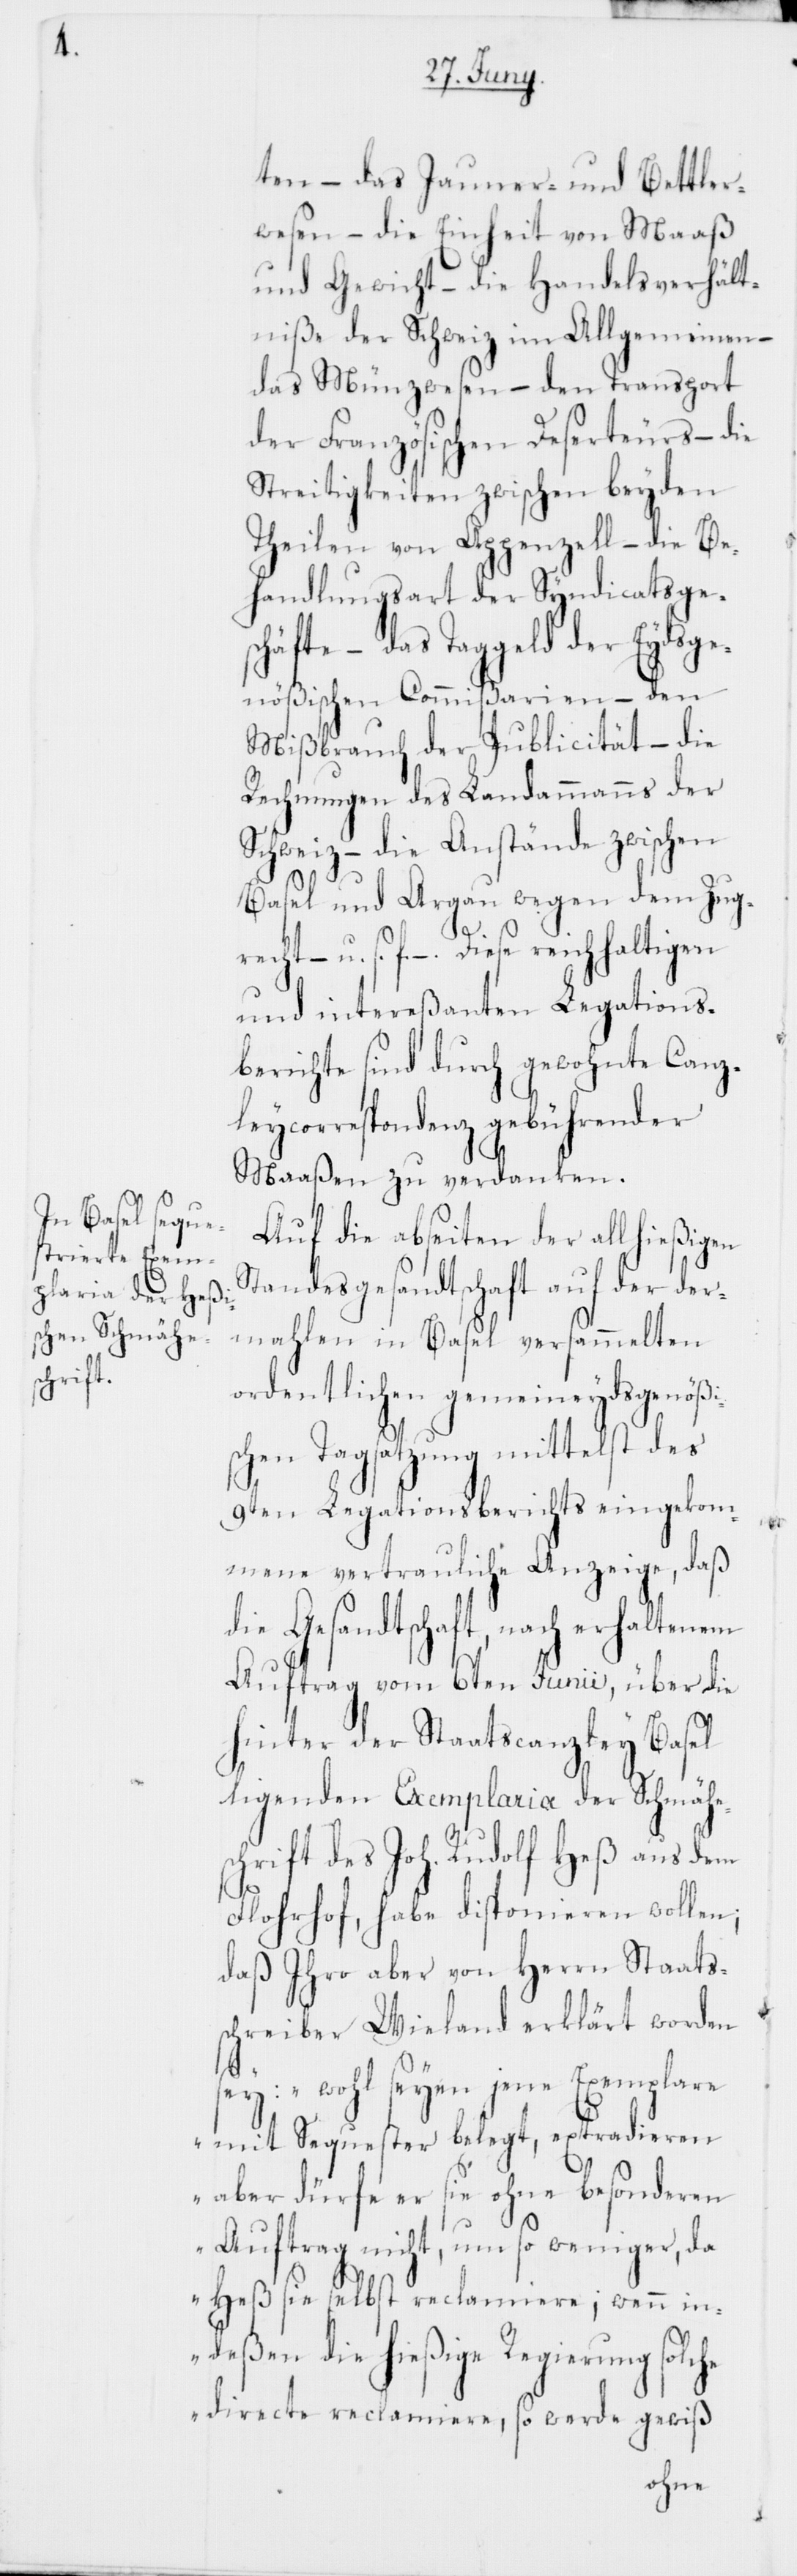
recht

ten – das Jauner- und Bettler¬
wesen – die Einheit von Maaß
und Gewicht – die Handelsverhält¬
niße der Schweiz im Allgemeinen –
das Münzwesen – den Transport
der Französischen Deserteurs – die
Streitigkeiten zwischen beyden
Theilen von Appenzell – die Be¬
handlungsart der Syndicatsge¬
schäfte – das Taggeld der Eydsge¬
nößischen Commißarien – den
Mißbrauch der Publicität – die
Rechnungen des Landammanns der
Schweiz – die Anstände zwischen
Basel und Argau wegen dem Zug¬
Diese reichhaltigen
und intereßanten Legations¬
berichte sind durch gewohnte Canz¬
leycorrespondenz gebührender
Maaßen zu verdanken.
Auf die abseiten der allhießigen
Standesgesandtschaft auf der der¬
mahlen in Basel versammelten
ordentlichen gemeineydsgenößi¬
schen Tagsatzung mittelst des
9ten Legationsberichts eingekom¬
mene vertrauliche Anzeige, daß
die Gesandtschaft, nach erhaltenem
Auftrag vom 6ten Junii, über die
hinter der Staatscanzley Basel
ligenden Exemplaria der Schmähe¬
schrift des Joh. Rudolf Heß aus dem
Florhof, habe disponieren wollen;
daß Ihro aber von Herrn Staats¬
schreiber Wieland erklärt worden
he
sey: „wohl seyen jene Exemplare
mit Sequester belegt, extradieren
aber dürfe er sie ohne besonderen
Auftrag nicht, umso weniger, da
Heß sie selbst reclamiere; wenn in¬
deßen die hießige Regierung solc¬
directe reclamiere, so werde gewiß